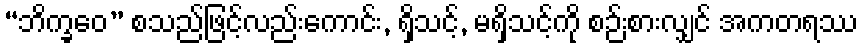
“ဘိက္ခဝေ” စသည်ဖြင့်လည်းကောင်း, ရှိသင့်, မရှိသင့်ကို စဉ်းစားလျှင် အကတရဿ